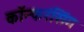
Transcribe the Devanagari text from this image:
कॉन्फरंसिंग